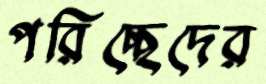
পরিচ্ছেদের